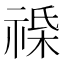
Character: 𫀔